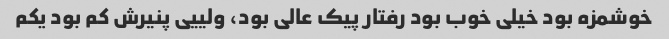
خوشمزه بود خیلی خوب بود رفتار پیک عالی بود، ولییی پنیرش کم بود یکم